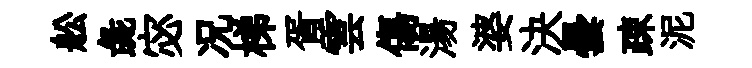
舩彘宓况梯胥雲傷湯婆決曇疎泥